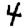
Digit: 4